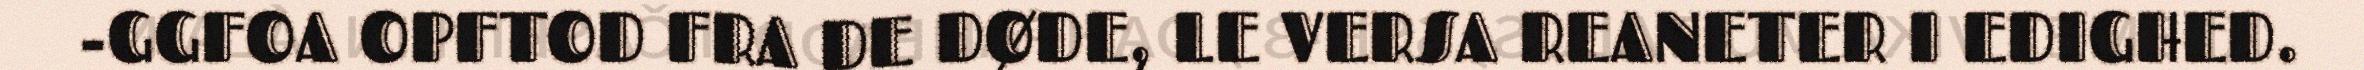
-GGFOA OPFTOD FRA DE DØDE, LE VERSA REANETER I EDIGHED.